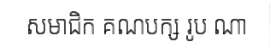
សមាជិក គណបក្ស រូប ណា